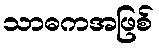
သာဓကအဖြစ်